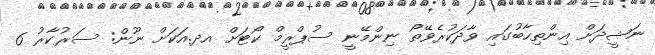
ނަޝީދަށް އިންތިހާބުގައި ވާދަކުރެވޭތޯ ނިންމޭނީ ސުޕްރީމް ކޯޓަށް އދ.އަކަށް ނޫން: ސަރުކާރު 6